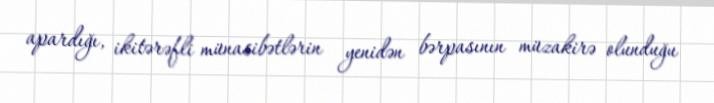
apardığı, ikitərəfli münasibətlərin yenidən bərpasının müzakirə olunduğu